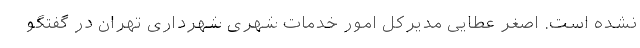
نشده است. اصغر عطایی مدیرکل امور خدمات شهری شهرداری تهران در گفتگو